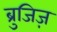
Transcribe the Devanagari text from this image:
ब्रुजिज़